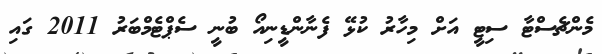
މެންޗެސްޓާ ސިޓީ އަށް މިހާރު ކުޅޭ ފެނާންޑީނިއޯ ބުނީ ސެޕްޓެމްބަރު 2011 ގައި